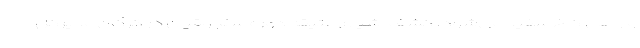
و راهی کاخ سفید می‌شود. کشف اشیای عتیقه دوره سلجوقیان در گرگان مدیرکل